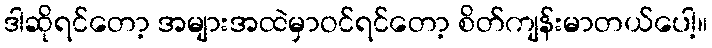
ဒါဆိုရင်တော့ အများအထဲမှာဝင်ရင်တော့ စိတ်ကျန်းမာတယ်ပေါ့။